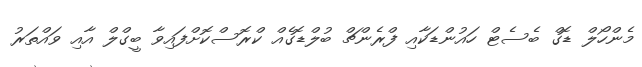
މެންހޯލް ޑޮގް ބެސެޓް ހައުންޑަކާއި ފްރެންޗް ބުލްޑޮގެއް ކްރޮސްކޮށްފައިވާ ބީގްލް އާއި ވައްތަރު